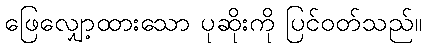
ဖြေလျှော့ထားသော ပုဆိုးကို ပြင်ဝတ်သည်။